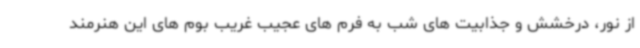
از نور، درخشش و جذابیت های شب به فرم های عجیب غریب بوم های این هنرمند